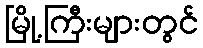
မြို့ကြီးများတွင်